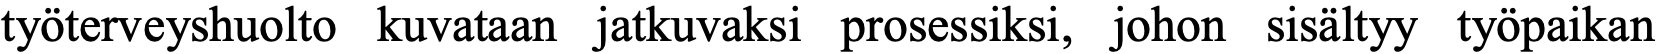
työterveyshuolto kuvataan jatkuvaksi prosessiksi, johon sisältyy työpaikan